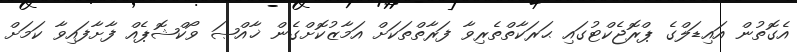
އެގޮތުން އައިޑަލްގެ ޕްރޮޖެކްޓުގައި ޙަރަކާތްތެރިވާ ފަރާތްތަކަށް އަމާޒުކޮށްގެން ޚާއްޞަ ވޯކްޝޮޕެއް ފާށާފައިވާ ކަމަށް